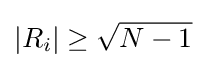
|R_{i}|\geq {\sqrt {N-1}}